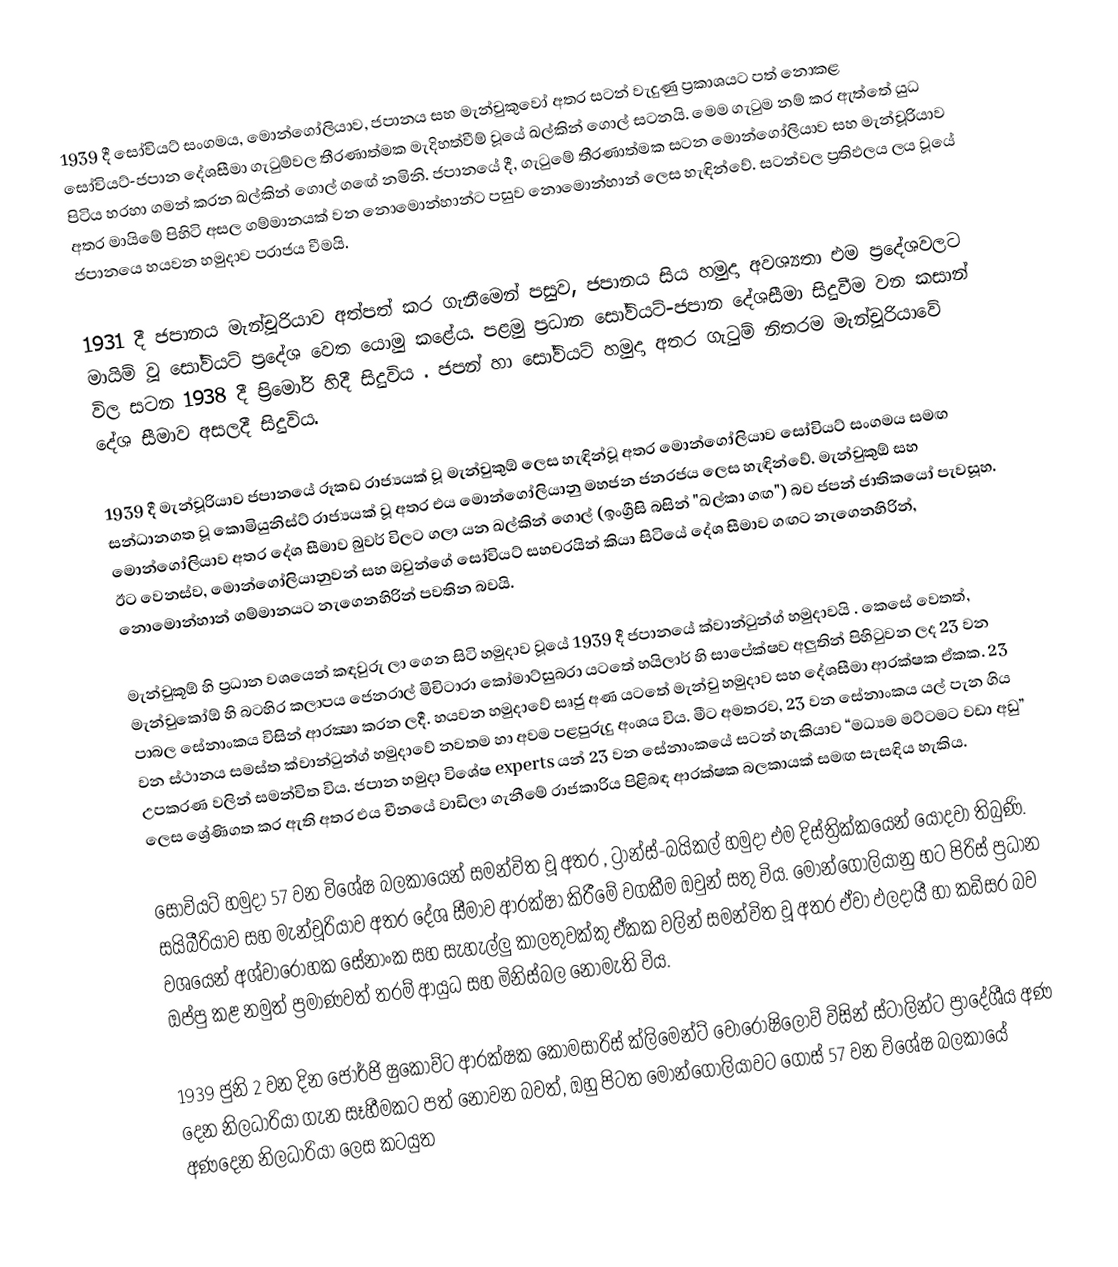
1939 දී සෝවියට් සංගමය, මොන්ගෝලියාව, ජපානය සහ මැන්චුකුවෝ අතර සටන් වැදුණු ප්‍රකාශයට පත් නොකළ සෝවියට්-ජපාන දේශසීමා ගැටුම්වල තීරණාත්මක මැදිහත්වීම් වූයේ ඛල්කින් ගොල් සටනයි. මෙම ගැටුම නම් කර ඇත්තේ යුධ පිටිය හරහා ගමන් කරන ඛල්කින් ගොල් ගඟේ නමිනි. ජපානයේ දී, ගැටුමේ තීරණාත්මක සටන මොන්ගෝලියාව සහ මැන්චූරියාව අතර මායිමේ පිහිටි අසල ගම්මානයක් වන නොමොන්හාන්ට පසුව නොමොන්හාන්   ලෙස හැඳින්වේ. සටන්වල ප්‍රතිඵලය ලය වූයේ ජපානයෙ හයවන හමුදාව පරාජය වීමයි.

1931 දී ජපානය මැන්චූරියාව අත්පත් කර ගැනීමෙන් පසුව, ජපානය සිය හමුදා අවශ්‍යතා එම ප්‍රදේශවලට මායිම් වූ සෝවියට් ප්‍රදේශ වෙත යොමු කළේය. පළමු ප්‍රධාන සෝවියට්-ජපාන දේශසීමා සිදුවීම වන කසාන් විල සටන 1938 දී ප්‍රිමෝරි හිදී සිදුවිය . ජපන් හා සෝවියට් හමුදා අතර ගැටුම් නිතරම මැන්චූරියාවේ දේශ සීමාව අසලදී සිදුවිය.

1939 දී මැන්චූරියාව ජපානයේ රූකඩ රාජ්‍යයක් වූ මැන්චුකුඕ ලෙස හැඳින්වූ අතර මොන්ගෝලියාව සෝවියට් සංගමය සමඟ සන්ධානගත වූ කොමියුනිස්ට් රාජ්‍යයක් වූ අතර එය මොන්ගෝලියානු මහජන ජනරජය ලෙස හැඳින්වේ. මැන්චුකුඕ සහ මොන්ගෝලියාව අතර දේශ සීමාව බුවර් විලට ගලා යන ඛල්කින් ගොල් (ඉංග්‍රීසි බසින් "ඛල්කා ගඟ") බව ජපන් ජාතිකයෝ පැවසූහ. ඊට වෙනස්ව, මොන්ගෝලියානුවන් සහ ඔවුන්ගේ සෝවියට් සහචරයින් කියා සිටියේ දේශ සීමාව  ගඟට නැගෙනහිරින්, නොමොන්හාන් ගම්මානයට නැගෙනහිරින් පවතින බවයි.

මැන්චුකූඕ හි ප්‍රධාන වශයෙන් කඳවුරු ලා ගෙන සිටි හමුදාව වූයේ 1939 දී ජපානයේ ක්වාන්ටුන්ග් හමුදාවයි . කෙසේ වෙතත්, මැන්චුකෝඕ හි බටහිර කලාපය ජෙනරාල් මිචිටාරා කෝමාට්සුබරා යටතේ හයිලාර් හි සාපේක්ෂව අලුතින් පිහිටුවන ලද 23 වන පාබල සේනාංකය විසින් ආරක්‍ෂා කරන ලදී. හයවන හමුදාවේ සෘජු අණ යටතේ මැන්චු හමුදාව සහ දේශසීමා ආරක්ෂක ඒකක. 23 වන ස්ථානය සමස්ත ක්වාන්ටුන්ග් හමුදාවේ නවතම හා අවම පළපුරුදු අංශය විය. මීට අමතරව, 23 වන සේනාංකය යල් පැන ගිය උපකරණ වලින් සමන්විත විය. ජපාන හමුදා විශේෂ experts යන් 23 වන සේනාංකයේ සටන් හැකියාව “මධ්‍යම මට්ටමට වඩා අඩු” ලෙස ශ්‍රේණිගත කර ඇති අතර එය චීනයේ වාඩිලා ගැනීමේ රාජකාරිය පිළිබඳ ආරක්ෂක බලකායක් සමඟ සැසඳිය හැකිය.

සෝවියට් හමුදා 57 වන විශේෂ බලකායෙන් සමන්විත වූ අතර , ට්‍රාන්ස්-බයිකල් හමුදා  එම දිස්ත්‍රික්කයෙන් යොදවා තිබුණි. සයිබීරියාව සහ මැන්චූරියාව අතර දේශ සීමාව ආරක්ෂා කිරීමේ වගකීම ඔවුන් සතු විය. මොන්ගෝලියානු භට පිරිස් ප්‍රධාන වශයෙන් අශ්වාරෝහක සේනාංක සහ සැහැල්ලු කාලතුවක්කු ඒකක වලින් සමන්විත වූ අතර ඒවා ඵලදායී හා කඩිසර බව ඔප්පු කළ නමුත් ප්‍රමාණවත් තරම් ආයුධ සහ මිනිස්බල නොමැති විය.

1939 ජුනි 2 වන දින ජෝර්ජි ෂුකොව්ට ආරක්ෂක කොමසාරිස් ක්ලිමෙන්ට් වොරොෂිලොව් විසින් ස්ටාලින්ට ප්‍රාදේශීය අණ දෙන නිලධාරියා ගැන සෑහීමකට පත් නොවන බවත්, ඔහු පිටත මොන්ගෝලියාවට ගොස් 57 වන විශේෂ බලකායේ අණදෙන නිලධාරියා ලෙස කටයුත